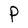
Character: P